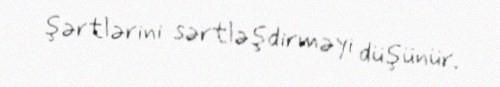
şərtlərini sərtləşdirməyi düşünür.